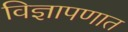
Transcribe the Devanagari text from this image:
विज्ञापणात